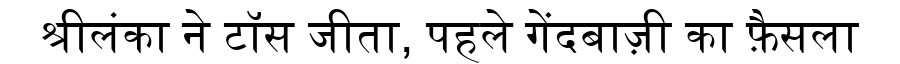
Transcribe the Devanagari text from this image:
श्रीलंका ने टॉस जीता, पहले गेंदबाज़ी का फ़ैसला